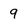
Character: 9